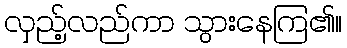
လှည့်လည်ကာ သွားနေကြ၏။